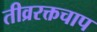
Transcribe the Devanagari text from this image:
तीव्ररक्तचाप